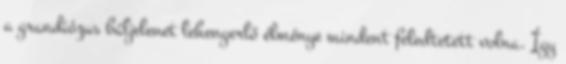
a grandiózus báljelenet lehengerlő élménye mindent feledtetett volna. Így